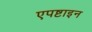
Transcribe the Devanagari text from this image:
एपष्टाइन